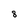
Character: 8